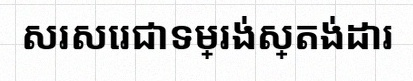
សរសេរជាទម្រង់ស្តង់ដារ